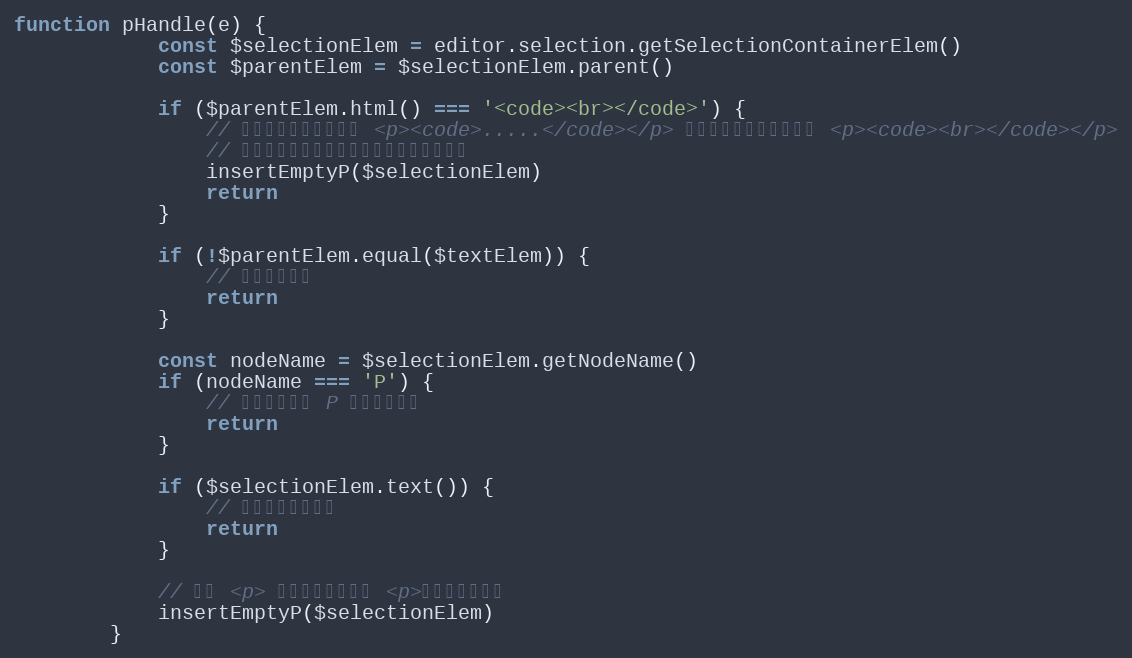
Language: JavaScript
function pHandle(e) {
            const $selectionElem = editor.selection.getSelectionContainerElem()
            const $parentElem = $selectionElem.parent()

            if ($parentElem.html() === '<code><br></code>') {
                // 回车之前光标所在一个 <p><code>.....</code></p> ，忽然回车生成一个空的 <p><code><br></code></p>
                // 而且继续回车跳不出去，因此只能特殊处理
                insertEmptyP($selectionElem)
                return
            }

            if (!$parentElem.equal($textElem)) {
                // 不是顶级标签
                return
            }

            const nodeName = $selectionElem.getNodeName()
            if (nodeName === 'P') {
                // 当前的标签是 P ，不用做处理
                return
            }

            if ($selectionElem.text()) {
                // 有内容，不做处理
                return
            }

            // 插入 <p> ，并将选取定位到 <p>，删除当前标签
            insertEmptyP($selectionElem)
        }